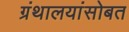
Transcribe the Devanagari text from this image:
ग्रंथालयांसोबत